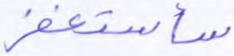
سأستغفر